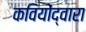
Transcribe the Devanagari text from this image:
कवियोंद्वारा